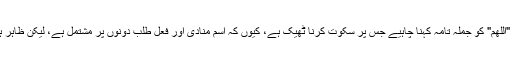
اگر یہ مقدر صحیح ہے تو "اللھم" کو جملہ تامہ کہنا چاہیے جس پر سکوت کرنا ٹھیک ہے، کیوں کہ اسم منادی اور فعل طلب دونوں پر مشتمل ہے، لیکن ظاہر ہے کہ ایسا کرنا باطل ہے۔